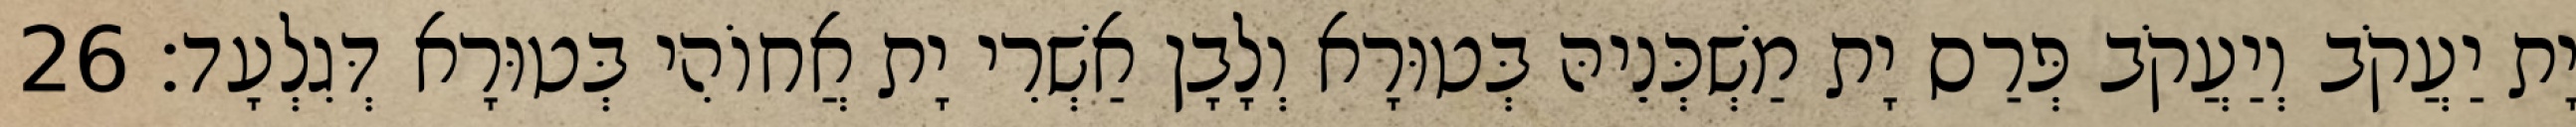
יָת יַעֲקֹב וְיַעֲקֹב פְּרַס יָת מַשְׁכְּנֵיהּ בְּטוּרָא וְלָבָן אַשְׁרִי יָת אֲחוֹהִי בְּטוּרָא דְּגִלְעָד׃ 26